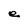
Character: e